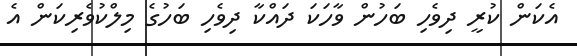
އެކަން ކުރީ ދިވެހި ބަހުން ވާހަކަ ދައްކާ ދިވެހި ބަހުގެ މިލްކުވެރިކަން އެ